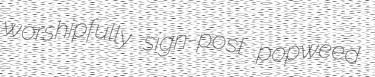
worshipfully sign-post popweed